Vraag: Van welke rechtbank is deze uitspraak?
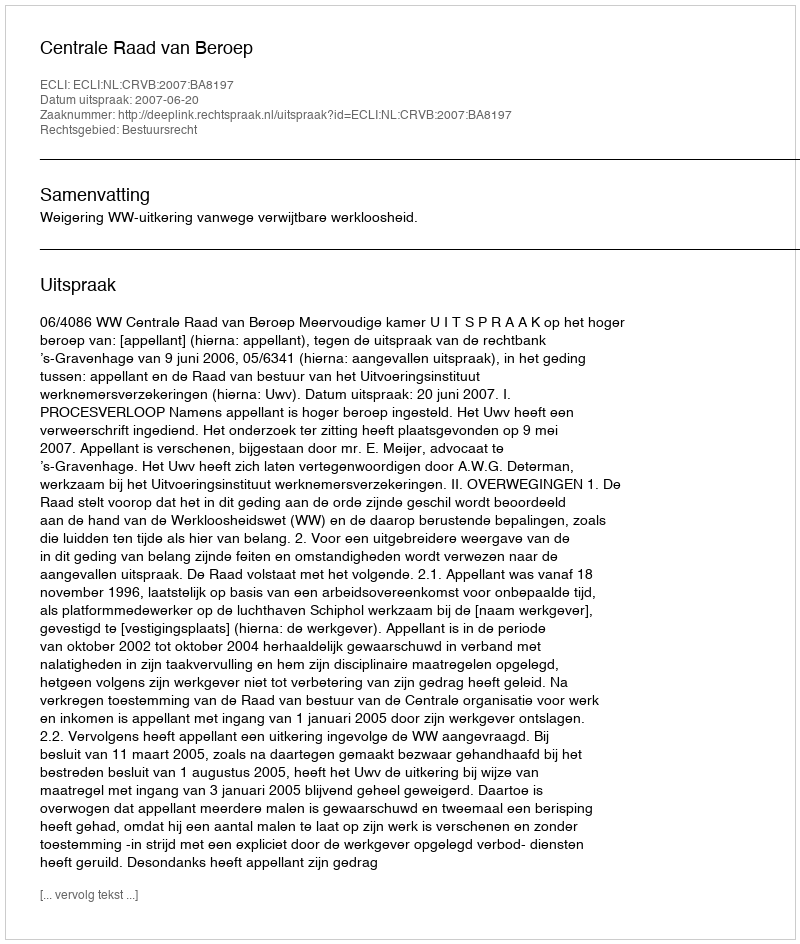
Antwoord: Centrale Raad van Beroep